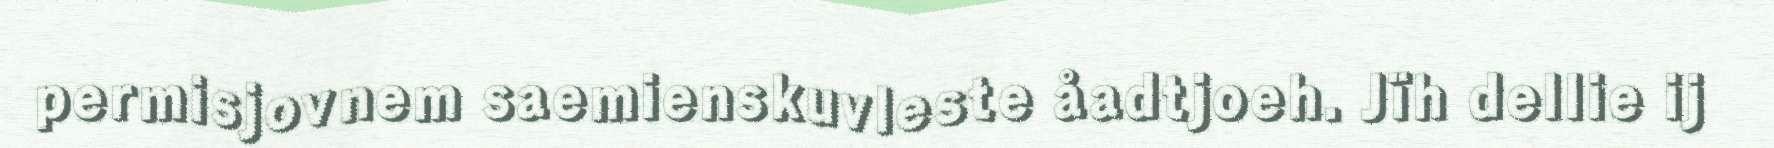
permisjovnem saemienskuvleste åadtjoeh. Jïh dellie ij